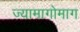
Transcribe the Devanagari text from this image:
ज्यामागोमाग